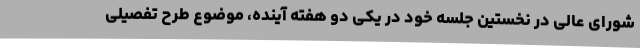
شورای عالی در نخستین جلسه خود در یکی دو هفته آینده، موضوع طرح تفصیلی